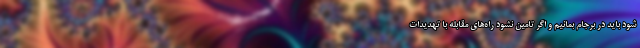
شود باید در برجام بمانیم و اگر تامین نشود راه‌های مقابله با تهدیدات